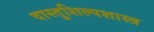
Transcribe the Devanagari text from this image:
वास्तुशिल्पशास्त्र